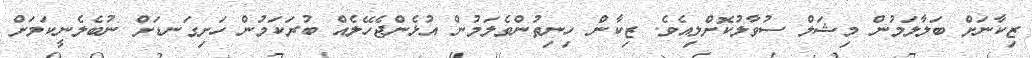
ޒިކާނަށް ބަލާލަމުން މިޝަލް ސުވާލުކޮށްލިއެވެ. ޒިކާން ހިނިތުންވެލަމުން އުޅެންޖެހޭލެއް ބުރަކަމުން ހަށިގަނޑަށް ނުބެލެނީކަމަށް